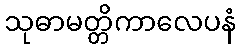
သုဓာမတ္တိကာလေပနံ